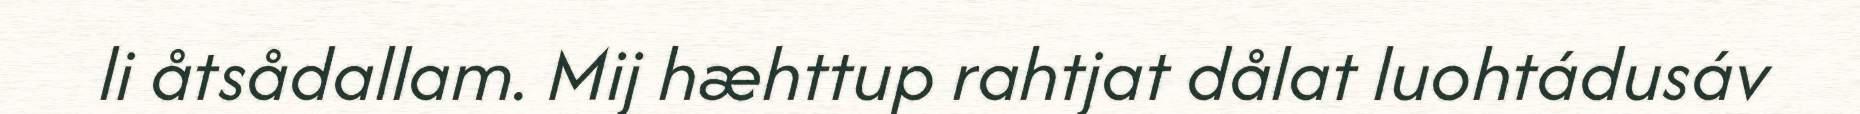
li åtsådallam. Mij hæhttup rahtjat dålat luohtádusáv